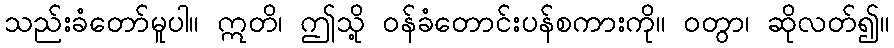
သည်းခံတော်မူပါ။ ဣတိ၊ ဤသို့ ဝန်ခံတောင်းပန်စကားကို။ ဝတွာ၊ ဆိုလတ်၍။